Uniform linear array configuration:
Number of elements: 16
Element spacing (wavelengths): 0.75
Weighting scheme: kaiser
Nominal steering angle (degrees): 45
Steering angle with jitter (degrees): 43.881
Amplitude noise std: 0.05
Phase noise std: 0.05

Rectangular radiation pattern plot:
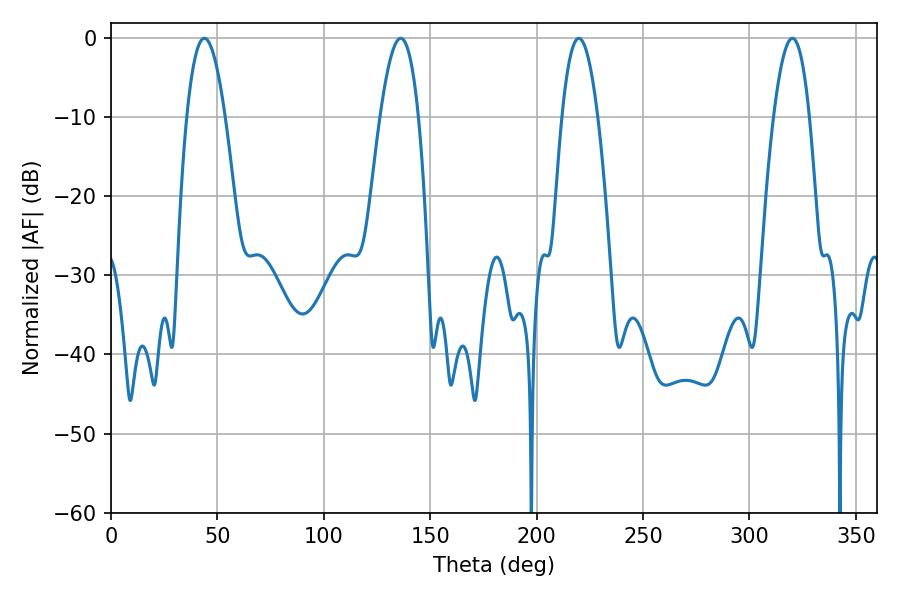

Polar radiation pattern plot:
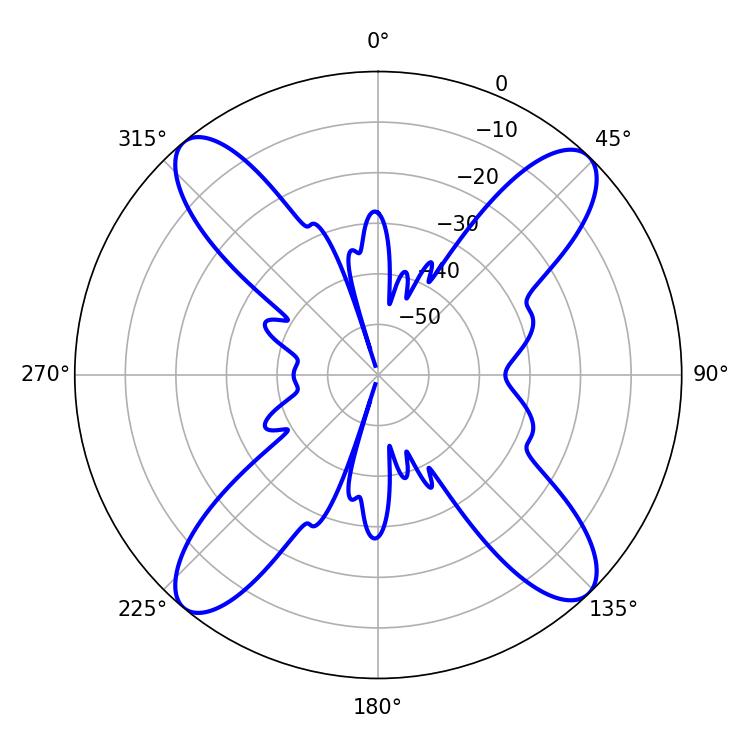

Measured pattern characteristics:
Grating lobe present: TRUE
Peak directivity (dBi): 17.359
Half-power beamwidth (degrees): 9.36
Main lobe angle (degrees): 219.78